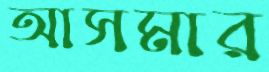
আসমার